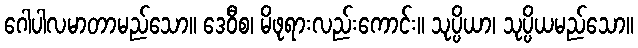
ဂေါပါလမာတာမည်သော။ ဒေဝီစ၊ မိဖုရားလည်းကောင်း။ သုပ္ပိယာ၊ သုပ္ပိယမည်သော။